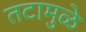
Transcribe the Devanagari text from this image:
तटामुळे